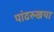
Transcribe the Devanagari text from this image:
पांढरुखया